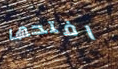
افتحها